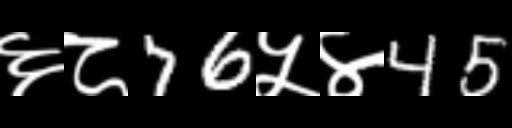
Text: ६८76५४45